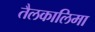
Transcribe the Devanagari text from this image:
तैलकालिमा